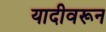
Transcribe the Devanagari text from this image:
यादीवरून